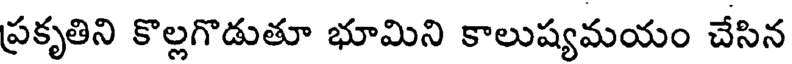
ప్రకృతిని కొల్లగొడుతూ భూమిని కాలుష్యమయం చేసిన